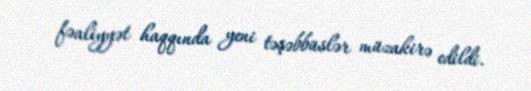
fəaliyyət haqqında yeni təşəbbüslər müzakirə edildi.